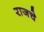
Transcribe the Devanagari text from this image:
राजचे